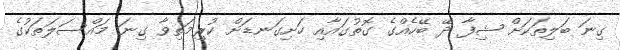
ގިނަ ބަލިތަކަށް ޝިފާ ދޭ ބޭހެއްގެ ގޮތުގައާއި ހަށިގަނޑަށް ކުރިމަތިވާ ގިނަ މައްސަލަތަކުގެ